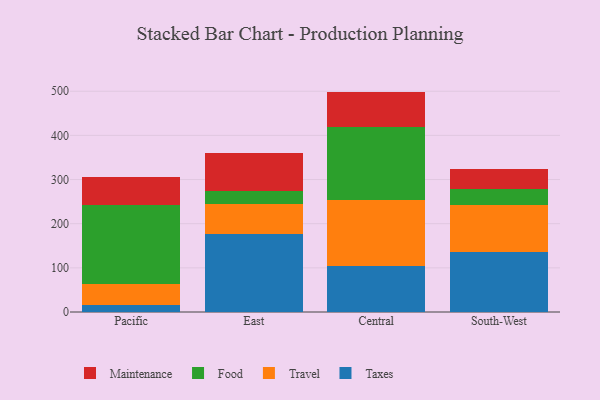
{"axis": {"x": "Region", "y": "Shipments"}, "legend": ["Food", "Maintenance", "Taxes", "Travel"], "data": [{"x": "Pacific", "y": 15.6, "type": "Taxes"}, {"x": "Pacific", "y": 48.1, "type": "Travel"}, {"x": "Pacific", "y": 179.5, "type": "Food"}, {"x": "Pacific", "y": 62.8, "type": "Maintenance"}, {"x": "East", "y": 175.6, "type": "Taxes"}, {"x": "East", "y": 69.0, "type": "Travel"}, {"x": "East", "y": 29.0, "type": "Food"}, {"x": "East", "y": 87.6, "type": "Maintenance"}, {"x": "Central", "y": 104.3, "type": "Taxes"}, {"x": "Central", "y": 150.0, "type": "Travel"}, {"x": "Central", "y": 164.7, "type": "Food"}, {"x": "Central", "y": 80.2, "type": "Maintenance"}, {"x": "South-West", "y": 135.9, "type": "Taxes"}, {"x": "South-West", "y": 105.5, "type": "Travel"}, {"x": "South-West", "y": 36.6, "type": "Food"}, {"x": "South-West", "y": 44.9, "type": "Maintenance"}]}